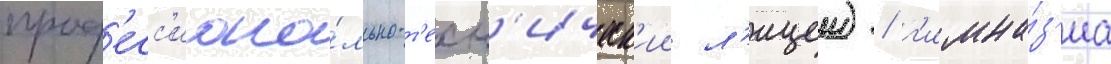
проф'есс'иона́льно-т'ехн'ическ'ии л'ицеи) / г'имна́з'иа